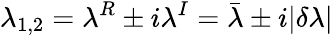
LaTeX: \lambda_{1,2}=\lambda^{R}\pm i\lambda^{I}=\bar{\lambda}\pm i|\delta\lambda|